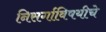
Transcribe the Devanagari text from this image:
निसर्गाविषयीचे